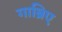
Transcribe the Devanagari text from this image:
गाब्रिए